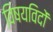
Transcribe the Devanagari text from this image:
विषयविदों